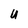
Character: u